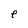
Character: p